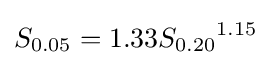
S_{0.05}=1.33{S_{0.20}}^{1.15}